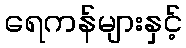
ရေကန်များနှင့်